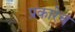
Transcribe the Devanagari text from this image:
प्रकारेच